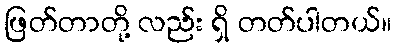
ဖြတ်တာတို့ လည်း ရှိ တတ်ပါတယ်။